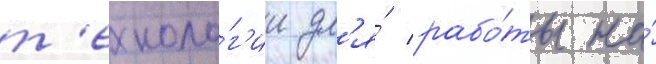
т'ехноло́г'ии дл'я́ рабо́ты на́